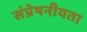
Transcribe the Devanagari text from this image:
संप्रेषनीयता